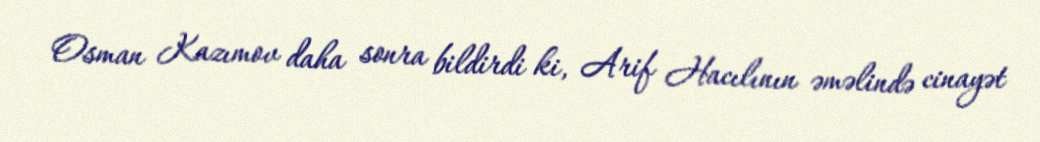
Osman Kazımov daha sonra bildirdi ki, Arif Hacılının əməlində cinayət